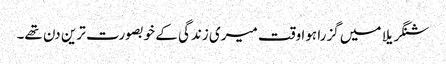
شنگریلا میں گزرا ہوا وقت میری زندگی کے خوبصورت ترین دن تھے۔